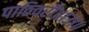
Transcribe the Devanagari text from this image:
पाठिवरी॥१३१॥